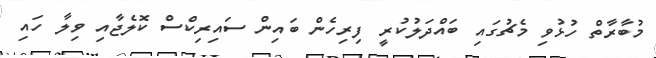
މުބާރާތް ހުޅުވި މެޗުގައި ބައްދަލުކުރީ ފިރިހެން ބައިން ސައިރިކްސް ކޮލެޖާއި ވިލާ ހައި